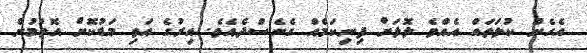
އެހެން ކުލަތައް އެއްވެ ލޮލަށް ފިނިކަމެއް ގެނެސްދެއެވެ. އިރުގެ އަވި މަޑުކޮށް އޮތުމުން